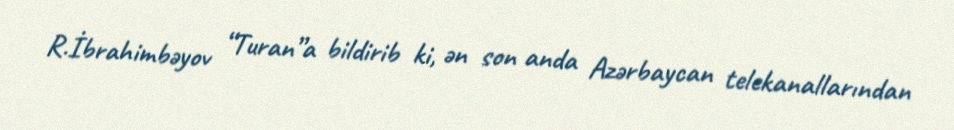
R.İbrahimbəyov “Turan”a bildirib ki, ən son anda Azərbaycan telekanallarından